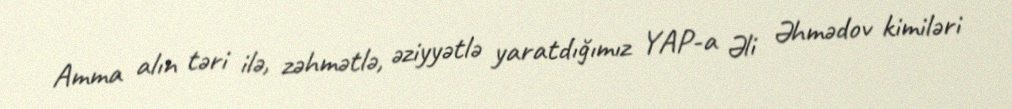
Amma alın təri ilə, zəhmətlə, əziyyətlə yaratdığımız YAP-a Əli Əhmədov kimiləri